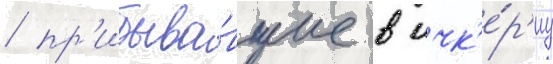
/ пр'ибыва́вшие в ичк'е́р'иу